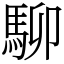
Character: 駠